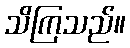
သိကြသည်။